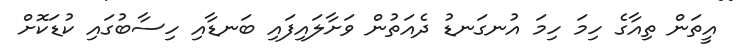
އީތަން ތިއާގެ ހިމަ ހިމަ އުނގަނޑު ދެއަތުން ވަށާލައިފައި ބަނޑާއި ހިސާބުގައި ކުޑަކޮށް